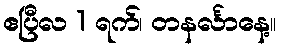
ဧပြီလ 1 ရက်၊ တနင်္လာနေ့။